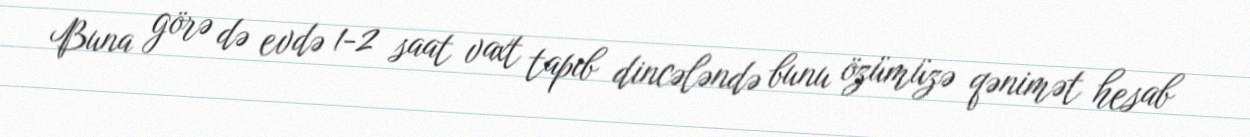
Buna görə də evdə 1-2 saat vaxt tapıb dincələndə bunu özümüzə qənimət hesab